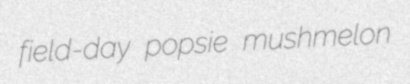
field-day popsie mushmelon